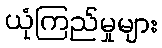
ယုံကြည်မှုများ